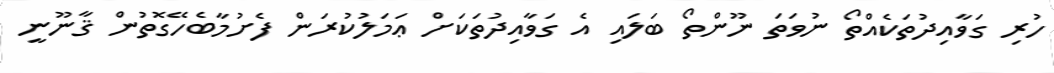
ހުރި ގަވާއިދުތަކެއްތޯ ނުވަތަ ނޫންތޯ ބަލައި އެ ގަވާއިދުތަކަށް ޢަމަލުކުރަން ފެށުމާބެހޭގޮތުން ޤާނޫނީ